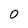
Character: O